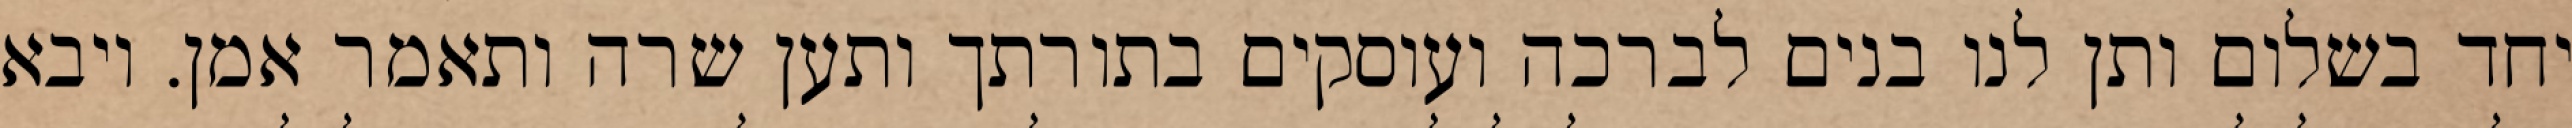
יחד בשלום ותן לנו בנים לברכה ועוסקים בתורתך ותען שרה ותאמר אמן. ויבא